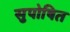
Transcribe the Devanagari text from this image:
सुपोषित